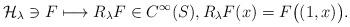
LaTeX: \begin{gather*}\mathcal H_\lambda\ni F\longmapsto R_\lambda F\in C^\infty(S), R_\lambda F(x) = F\big((1,x)\big).\end{gather*}